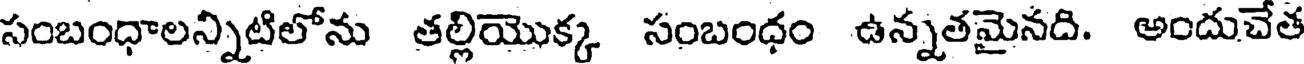
సంబంధాలన్నిటిలోను తల్లియొక్క సంబంధం ఉన్నతమైనది. అందుచేత